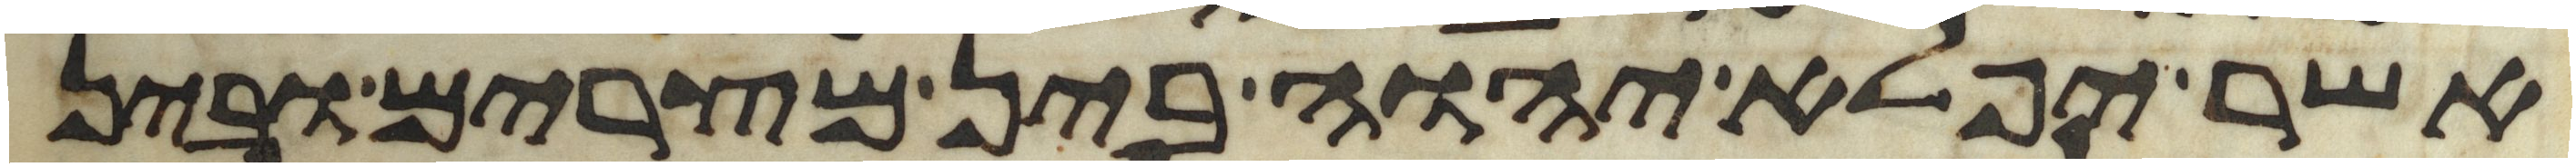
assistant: אשר יפלא יהוה בין מצרים ובין